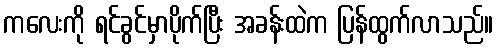
ကလေးကို ရင်ခွင်မှာပိုက်ပြီး အခန်းထဲက ပြန်ထွက်လာသည်။